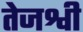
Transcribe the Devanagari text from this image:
तेजश्वी